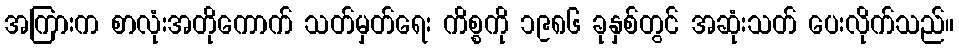
အကြားက စာလုံးအတိုကောက် သတ်မှတ်ရေး ကိစ္စကို ၁၉၈၆ ခုနှစ်တွင် အဆုံးသတ် ပေးလိုက်သည်။